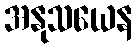
အနုသယေန